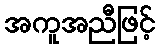
အကူအညီဖြင့်